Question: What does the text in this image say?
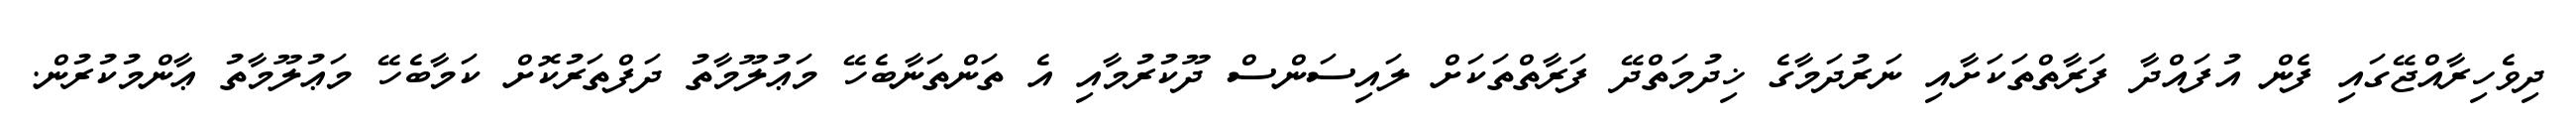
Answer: ދިވެހިރާއްޖޭގައި ފެން އުފައްދާ ފަރާތްތަކަށާއި ނަރުދަމާގެ ޚިދުމަތްދޭ ފަރާތްތަކަށް ލައިސަންސް ދޫކުރުމާއި އެ ތަންތަނާބެހޭ މަޢުލޫމާތު ދަފްތަރުކޮށް ކަމާބެހޭ މަޢުލޫމާތު ޢާންމުކުރުން.